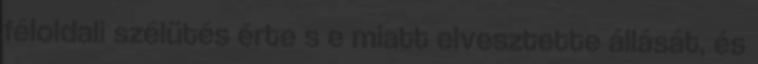
féloldali szélütés érte s e miatt elvesztette állását, és